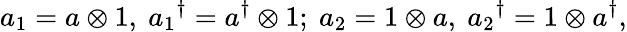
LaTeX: a_{1}=a\otimes 1,\ {a_{1}}^{\dagger}=a^{\dagger}\otimes 1;\ a_{2}=1\otimes a,\ {a_{2}}^{\dagger}=1\otimes a^{\dagger},